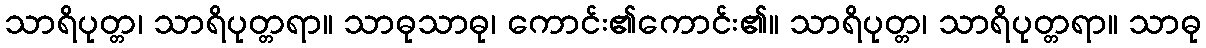
သာရိပုတ္တ၊ သာရိပုတ္တရာ။ သာဓုသာဓု၊ ကောင်း၏ကောင်း၏။ သာရိပုတ္တ၊ သာရိပုတ္တရာ။ သာဓု